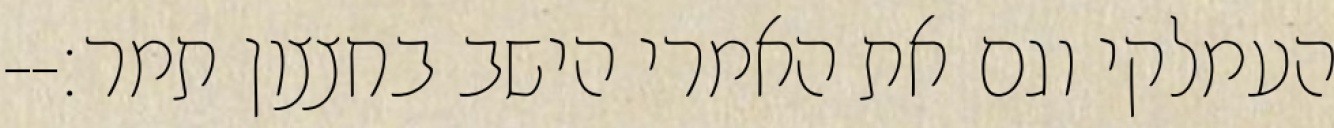
העמלקי וגם את האמרי הישב בחצצון תמר׃--